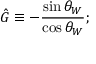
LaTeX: \hat { G } \equiv - \frac { \sin \theta _ { W } } { \cos \theta _ { W } } ;